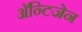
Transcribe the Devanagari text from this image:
अॅन्टिजेन